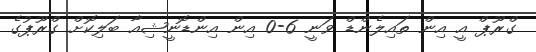
ގްރޫޕް އީ އިން ތައިލެންޑް ވަނީ 6-0 އިން އިންޑޮނީޝިއާ ބަލިކޮށް ގްރޫޕުގެ